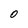
Character: 0